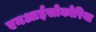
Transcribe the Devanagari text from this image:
एनआईसोकोरिया